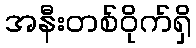
အနီးတစ်ဝိုက်ရှိ